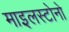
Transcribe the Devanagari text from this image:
माइलस्टोनो